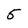
Character: 5